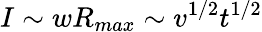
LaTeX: I\sim wR_{max}\sim v^{1/2}t^{1/2}